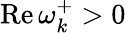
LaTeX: \operatorname{Re}\omega_{k}^{+}>0